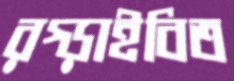
রগ্‌ড়াইবিত